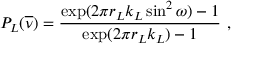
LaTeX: P _ { L } ( \overline { { \nu } } ) = \frac { \exp ( 2 \pi r _ { L } k _ { L } \sin ^ { 2 } \omega ) - 1 } { \exp ( 2 \pi r _ { L } k _ { L } ) - 1 } \ ,